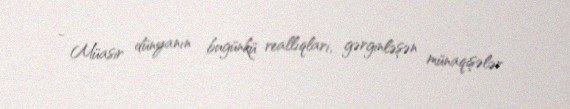
- Müasir dünyanın bugünkü reallıqları, gərginləşən münaqişələr